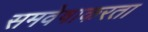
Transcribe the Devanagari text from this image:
समवेषाकरता